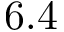
6 . 4